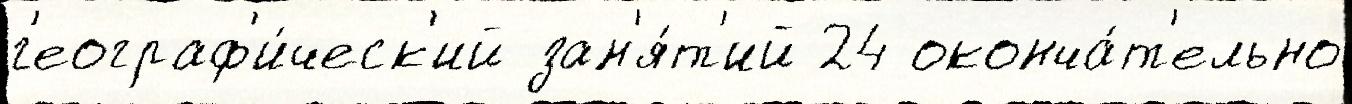
г'еограф'и́ческ'ий зан'я́т'ий 24 оконча́т'ельно